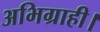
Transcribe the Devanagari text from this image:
अभिग्राही।